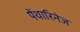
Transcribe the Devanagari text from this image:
पेंथारिनेज